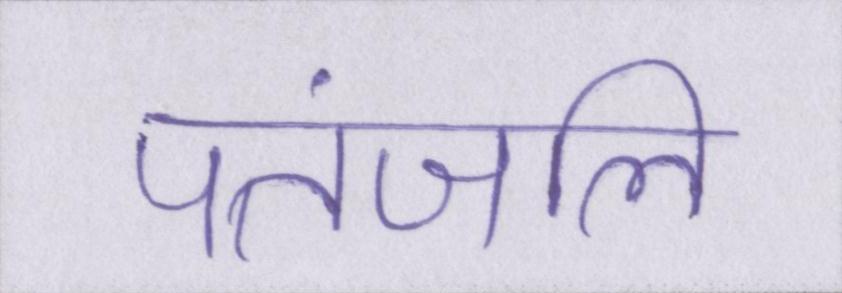
पतंजलि